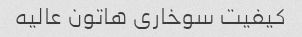
کیفیت سوخاری هاتون عالیه